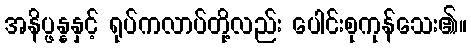
အနိပ္ဖန္နနှင့် ရုပ်ကလာပ်တို့လည်း ပေါင်းစုကုန်သေး၏။